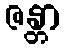
ဇန္တာ